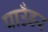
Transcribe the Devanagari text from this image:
पाउँडर